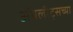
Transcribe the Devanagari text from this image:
ॲथलीट्सच्या